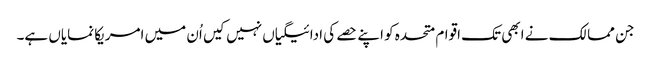
جن ممالک نے ابھی تک اقوام متحدہ کو اپنے حصے کی ادائیگیاں نہیں کیں اُن میں امریکا نمایاں ہے۔